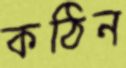
কঠিন